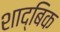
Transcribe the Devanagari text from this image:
शाद्बिक